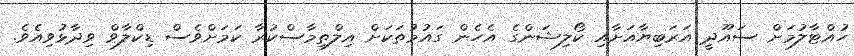
ހުއްޓާލުމަށް ސައޫދީ އަރަބިޔާއަށާއި ކޯލިޝަންގެ އެހެން ގައުމުތަކަށް އިލްތިމާސްކުރާ ކަމަށްވެސް ޑިކްލާވް ވިދާޅުވިއެވެ.